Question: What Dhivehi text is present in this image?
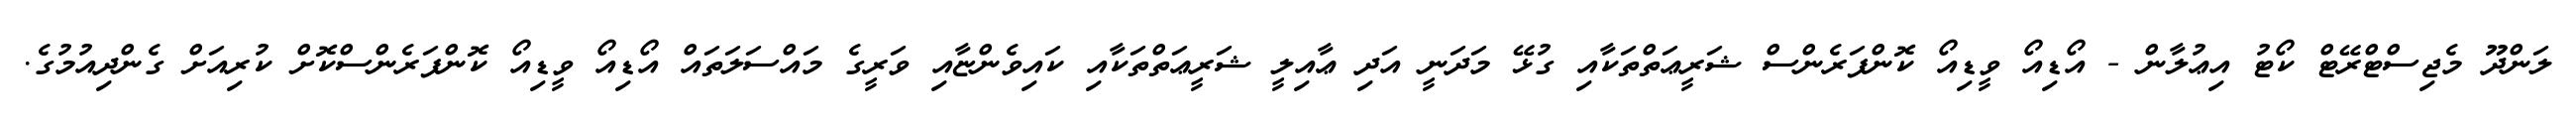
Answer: ލަންދޫ މެޖިސްޓްރޭޓް ކޯޓު އިޢުލާން - އޯޑިއޯ ވީޑިއޯ ކޮންފަރެންސް ޝަރީޢަތްތަކާއި ގުޅޭ މަދަނީ އަދި ޢާއިލީ ޝަރީޢަތްތަކާއި ކައިވެންޏާއި ވަރީގެ މައްސަލަތައް އޯޑިއޯ ވީޑިއޯ ކޮންފަރެންސްކޮށް ކުރިއަށް ގެންދިއުމުގެ.